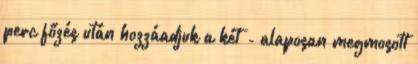
perc főzés után hozzáadjuk a két - alaposan megmosott